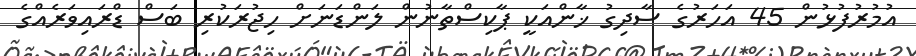
އުމުރުފުޅުން 45 އަހަރުގެ ސާދިގު ޚާންއަކީ ޕާކިސްތާނުން ލަންޑަނަށް ހިޖުރަކުރި ބަސް ޑްރައިވަރެއްގެ